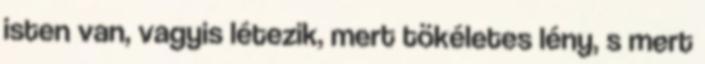
isten van, vagyis létezik, mert tökéletes lény, s mert